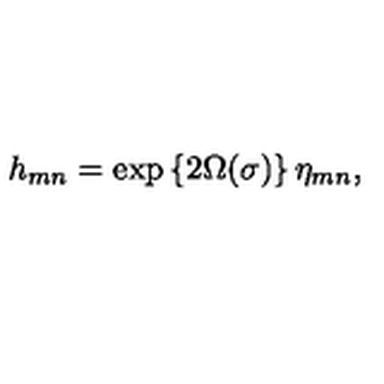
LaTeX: h _ { m n } = \exp \left\{ 2 \Omega ( \sigma ) \right\} \eta _ { m n } ,